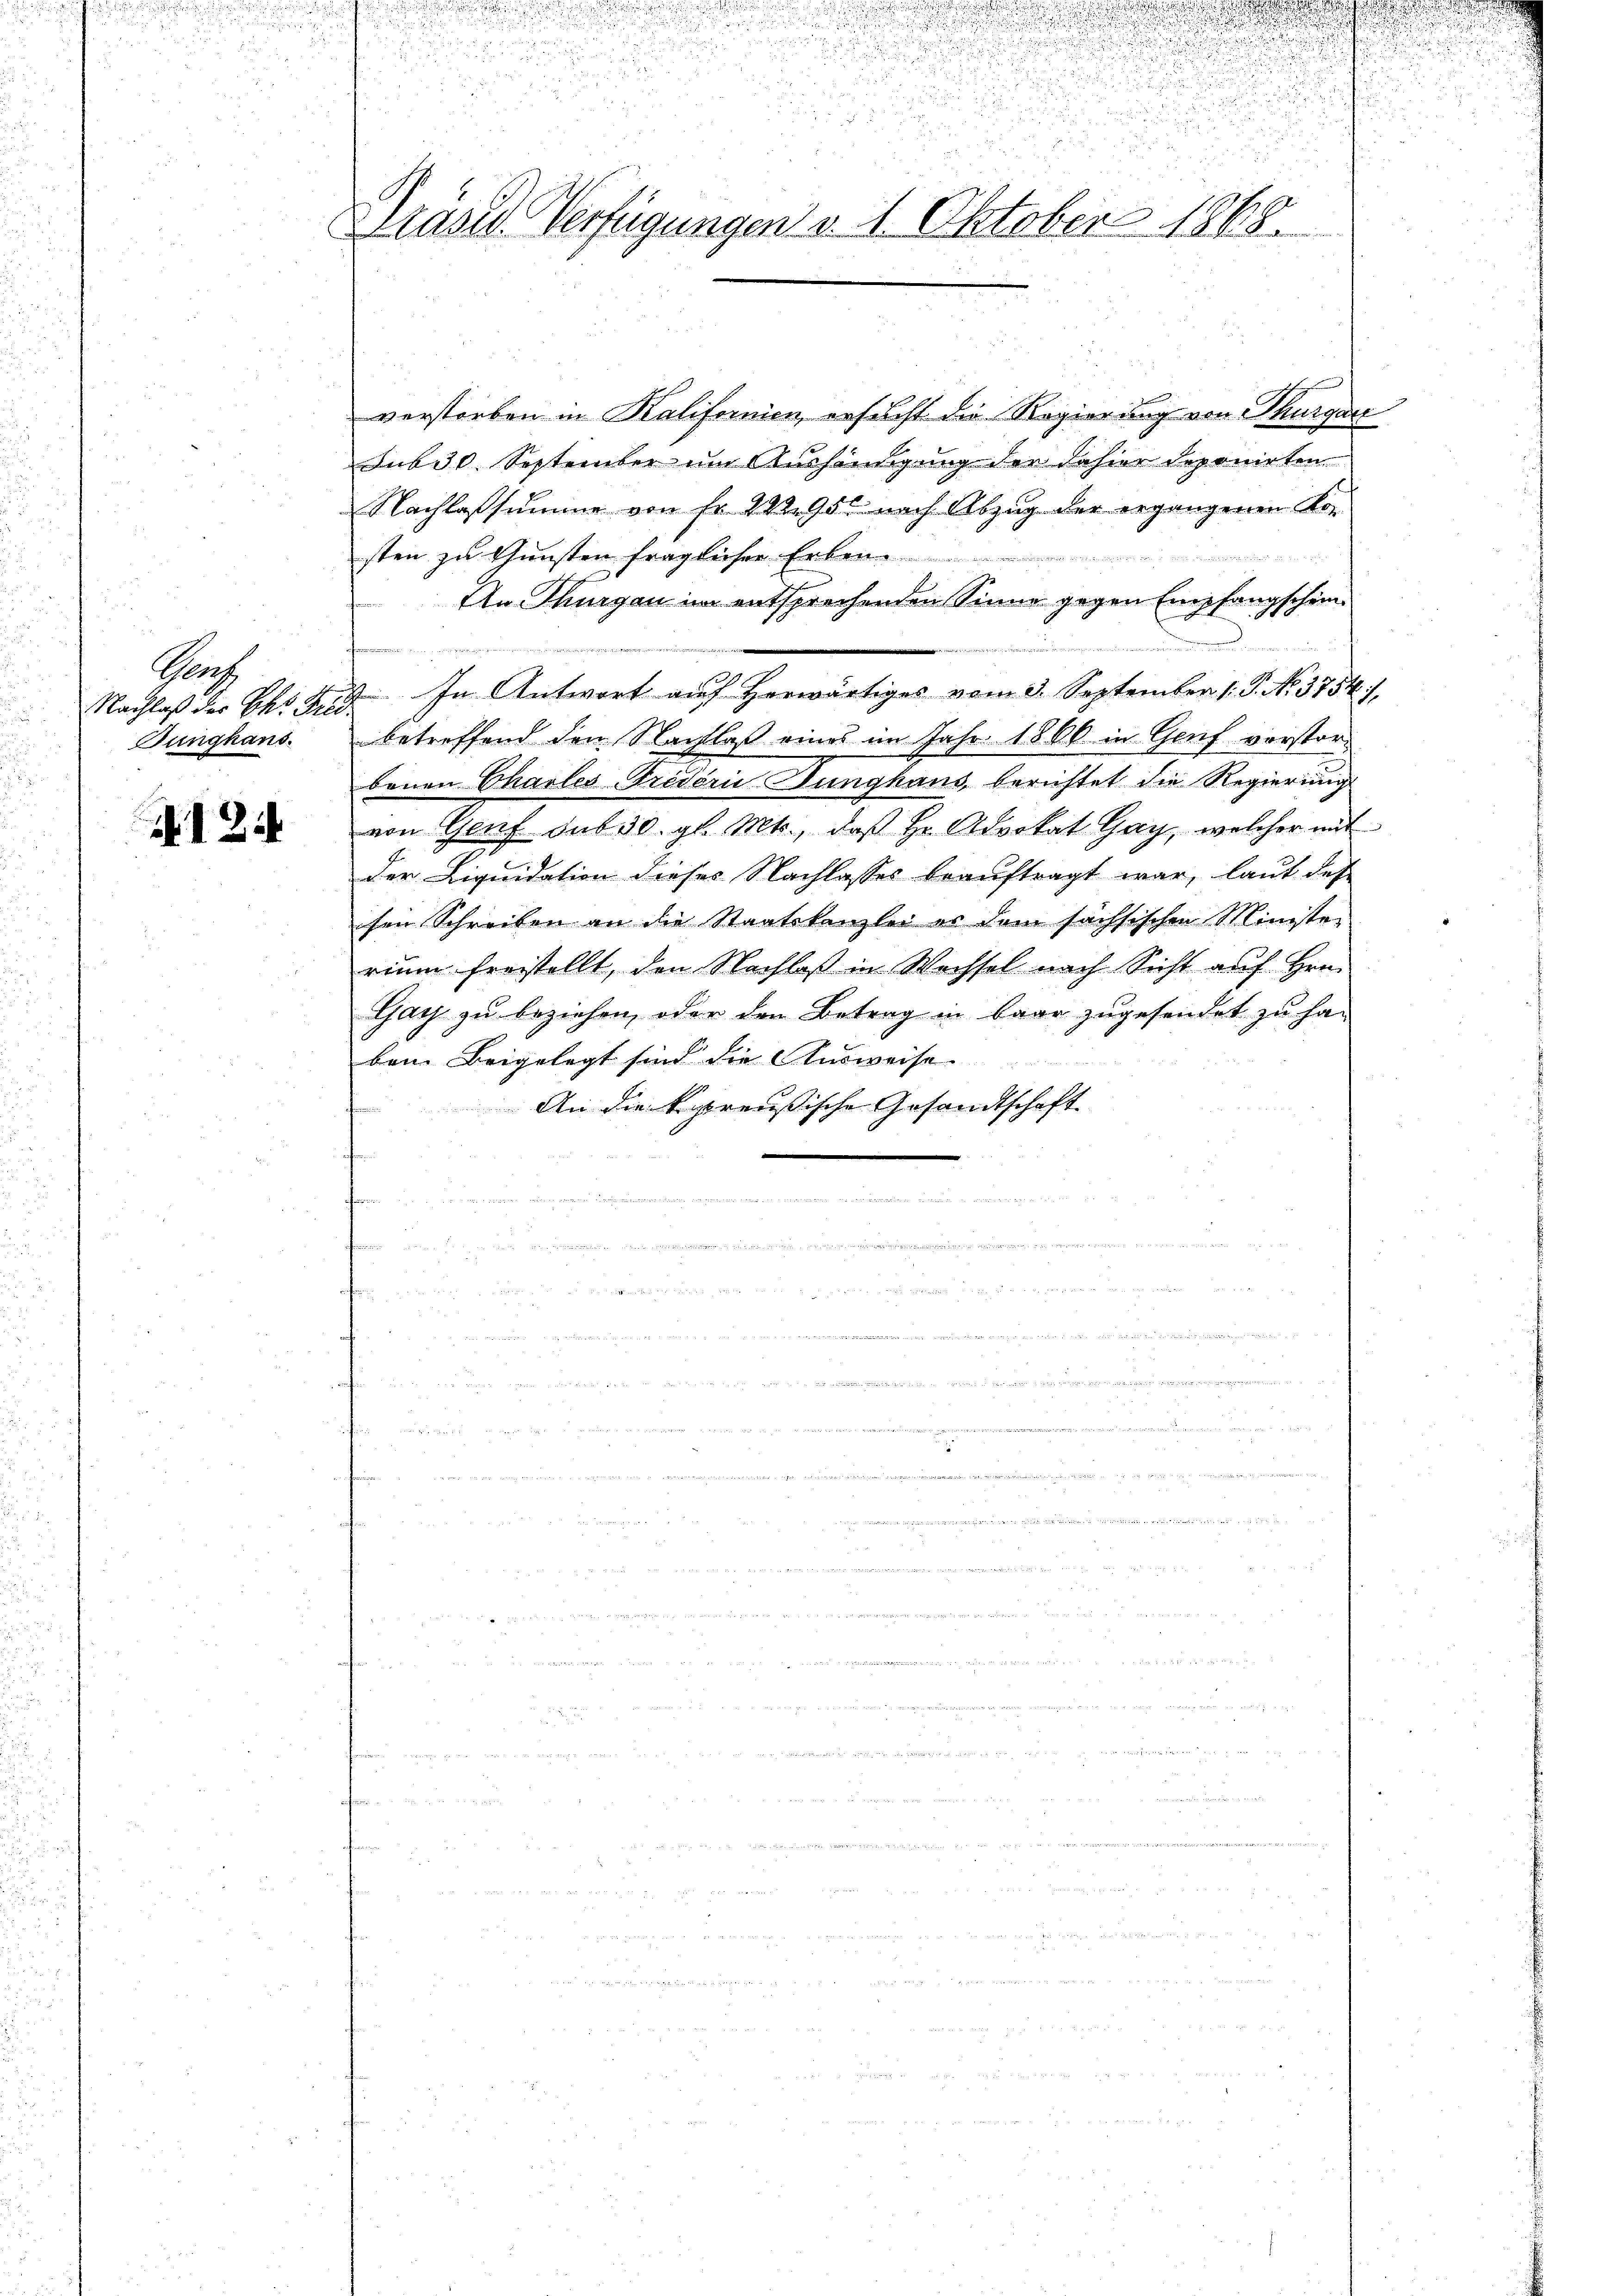
Prof
Junghans.

A12

Präses Verfügungen v. 1. Oktober 1868.

verstorben in Kalifornien, ersucht die Regierung von Thurgau
sub 30. September im Aushändigung der dahier deponirten
Nachlassumme von Fr. 22295 nach Abzug der ergangenen Kor-

sten zu Gunsten fraglicher Erben.
An Thurgau im entsprechenden Sinne gegen Empfangschein¬

Nachlaβ der Ehr 459. In Antwort aŭf herwärtiges vom 3. September 1. P. N. 3754/
betreffend den Nachlaß eines im Jahr 1866 in Genf vorstorbenen Charles Triderii Junghaus berichtet die Regierung
von Genf sub 30. gl. Mts., daβ hr. Advokat Gay, welcher mit
der Liquidation dieses Nachlasses beauftragt war, laut des
sen Schreiben an die Staatskanzlei er dem sachsischen Ministe-
rium frostellt, den Nachloß in Wechsel nach Sicht auf Hrn.
Gay zu beziehen, oder den Betrag in baar zugesendet zu haben. Beigelegt sind die Ausweise
An die Spreußische Gesandtschaft.

u

.